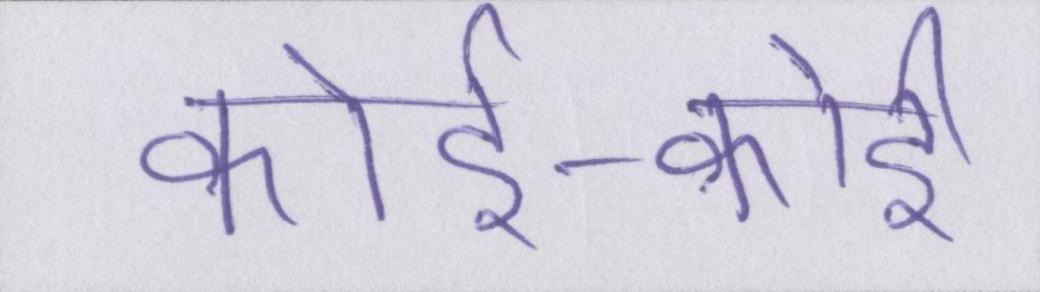
कोई-कोई